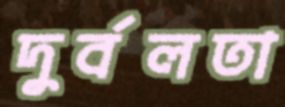
দুর্বলতা